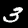
Label: 3